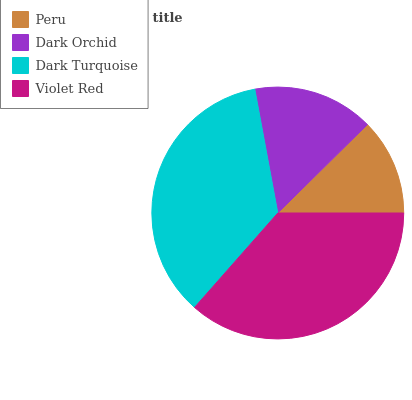
| Peru | Dark Orchid | Dark Turquoise | Violet Red |
 | --- | --- | --- | --- |
 | 12.4% | 15.5% | 35.6% | 36.4% |